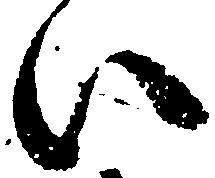
い